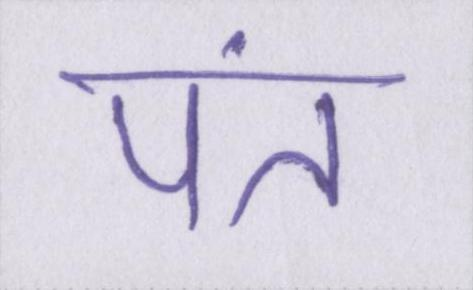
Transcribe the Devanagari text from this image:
पंत